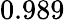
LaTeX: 0.989